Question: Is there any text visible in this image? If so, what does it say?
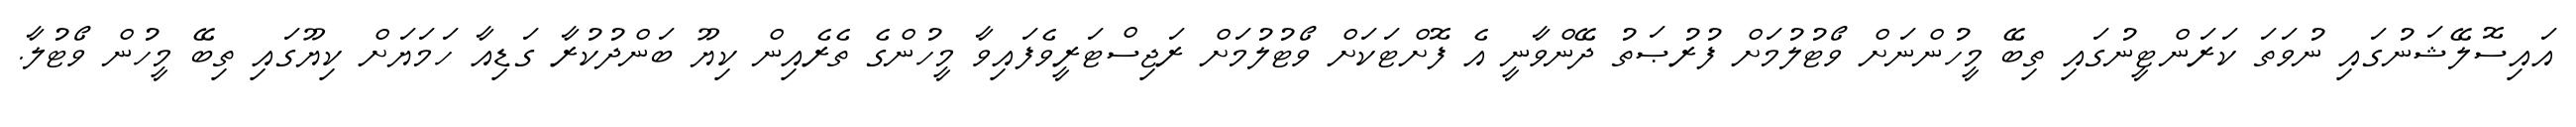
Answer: އައިސޮލޭޝަނުގައި ނުވަތަ ކަރަންޓީނުގައި ތިބޭ މީހުންނަށް ވޯޓުލުމަށް ފުރުޞަތު ދޭންވާނީ އެ ފޮށްޓަކަށް ވޯޓުލުމަށް ރަޖިސްޓަރީވެފައިވާ މީހުންގެ ތެރެއިން ކިޔޫ ބަންދުކުރާ ގަޑިއާ ހަމަޔަށް ކިޔޫގައި ތިބޭ މީހުން ވޯޓުލާ.